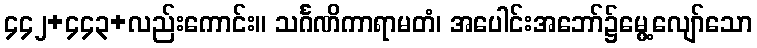
၄၄၂+၄၄၃+လည်းကောင်း။ သင်္ဂဏိကာရာမတံ၊ အပေါင်းအဘော်၌မွေ့လျော်သော